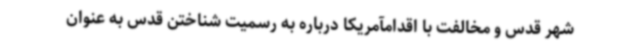
شهر قدس و مخالفت با اقدامآمریکا درباره به رسمیت شناختن قدس به عنوان